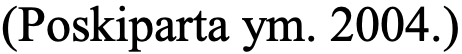
(Poskiparta ym. 2004.)